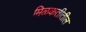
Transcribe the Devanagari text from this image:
मिळकतीतील